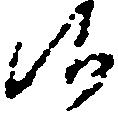
候